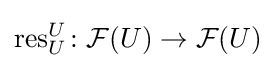
\operatorname {res} _{U}^{U}\colon {\mathcal {F}}(U)\rightarrow {\mathcal {F}}(U)